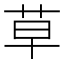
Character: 草